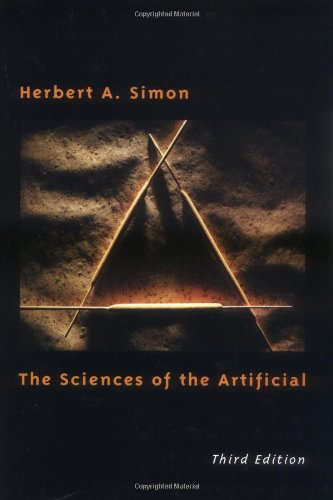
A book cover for The Sciences of the Artificial - 3rd Edition; Herbert A. Simon; Politics & Social Sciences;